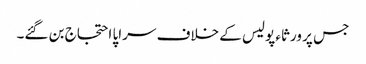
جس پر ورثاء پولیس کے خلاف سراپا احتجاج بن گئے۔